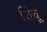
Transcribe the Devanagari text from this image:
शिचू